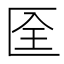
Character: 𠤹